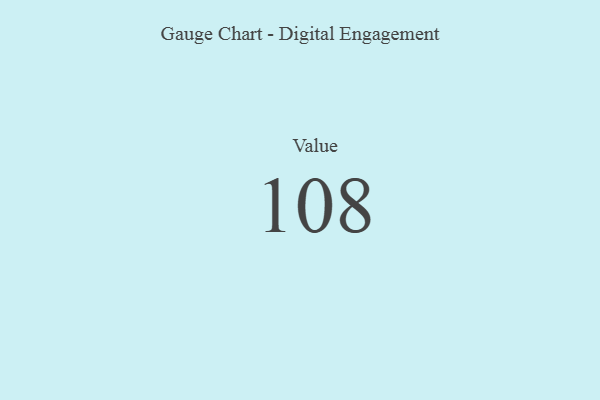
{"axis": {"x": "Metric", "y": "Value"}, "legend": [""], "data": [{"x": "Value", "y": 108, "type": ""}]}